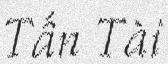
Tấn Tài